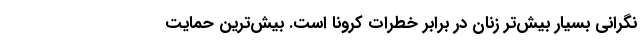
نگرانی بسیار بیش‌تر زنان در برابر خطرات کرونا است. بیش‌ترین حمایت